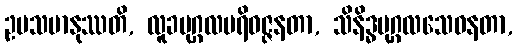
ဥပသမာနုဿတိ, လူခပုဂ္ဂလပရိဝဇ္ဇနတာ, သိနိဒ္ဓပုဂ္ဂလသေဝနတာ,